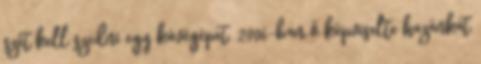
szét kell szedni egy kávégépet. 2006-ban ő képviselte hazánkat